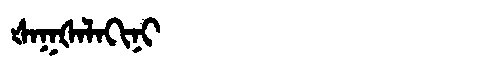
Manchu: ᡧᠠᡴᡧᠠᠯᠠᡴᡳᠨᡳ
Romanization: ŠAKŠALAKINI